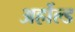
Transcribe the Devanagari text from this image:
अर्होल्ड